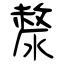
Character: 漦